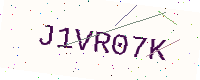
Text: J1VR07K